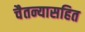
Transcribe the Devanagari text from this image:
चैतन्यासहित